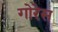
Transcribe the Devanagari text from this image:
गोरेस